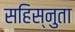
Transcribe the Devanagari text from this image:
सहिस्नुता